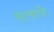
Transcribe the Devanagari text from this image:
सत्कविः